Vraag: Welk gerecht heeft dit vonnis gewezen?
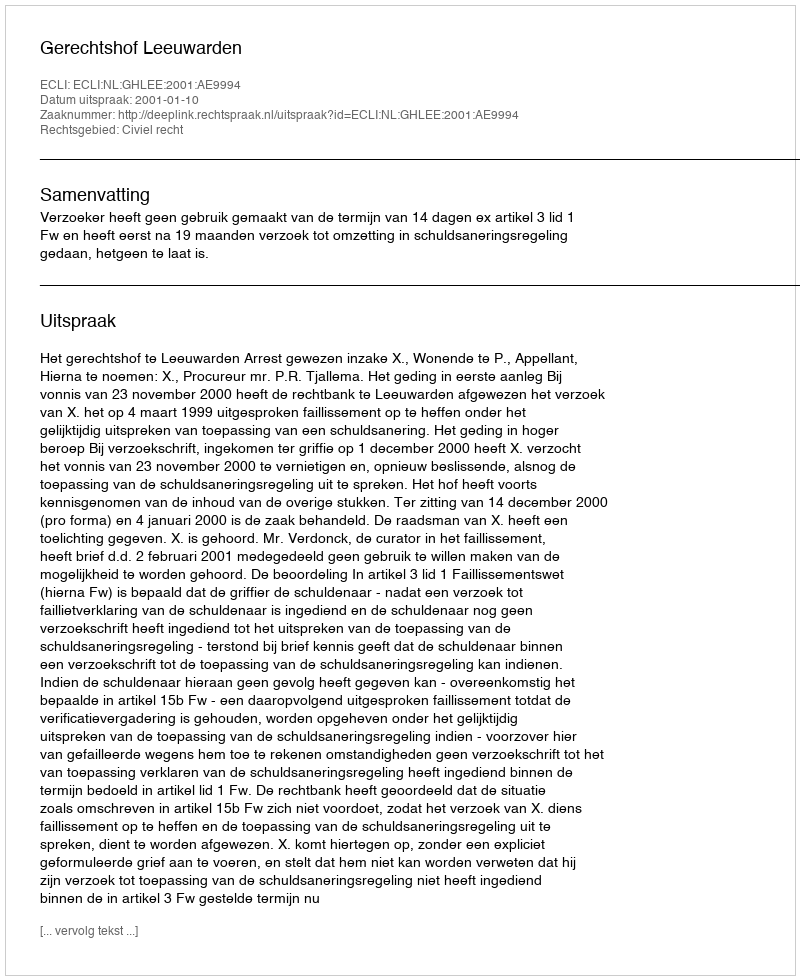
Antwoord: Gerechtshof Leeuwarden